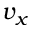
v _ { x }